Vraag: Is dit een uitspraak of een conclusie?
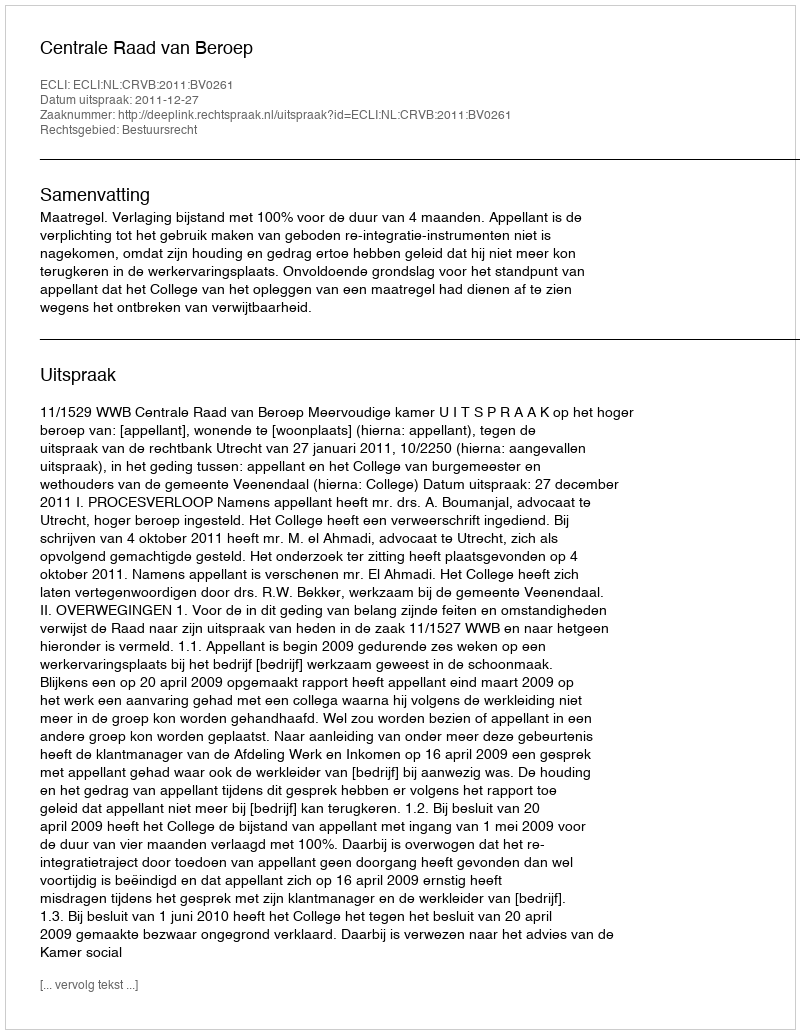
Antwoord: Uitspraak